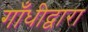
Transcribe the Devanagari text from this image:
गाँधीद्वारा